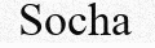
Socha